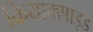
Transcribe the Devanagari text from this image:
क्रियाक्साइड